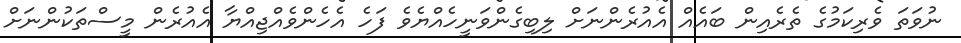
ނުވަތަ ވެރިކަމުގެ ތެރެއިން ބައެއް އެއުރެންނަށް ލިބިގެންވަނީހެއްޔެވެ ފަހެ އެހެންވެއްޖިއްޔާ އެއުރެން މީސްތަކުންނަށް